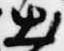
出